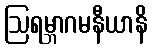
ဩရမ္ဘာဂမနီယာနိ